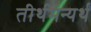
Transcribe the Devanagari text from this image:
तीर्थमन्यर्थं